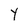
Character: Y